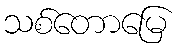
သစ်တောမြေ